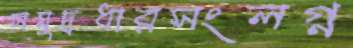
সমুদ্রধারসংলগ্ন